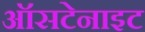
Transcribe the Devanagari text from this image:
ऑसटेनाइट